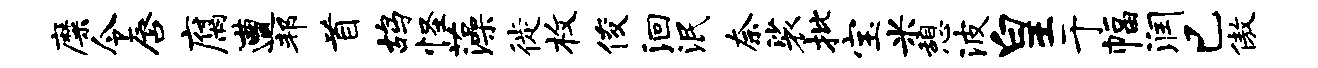
靡令唇腐遭邦首鸪怪藻徙枚俊洄泯奈裟批宝米憩波皇于幅润已傲